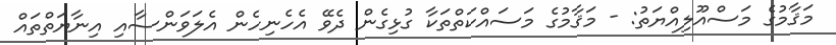
މަޤާމުގެ މަސްއޫލިއްޔަތު: - މަޤާމުގެ މަސައްކަތްތަކާ ގުޅިގެން ދެވޭ އެހެނިހެން އެލަވަންސާއި އިނާޔަތްތައް